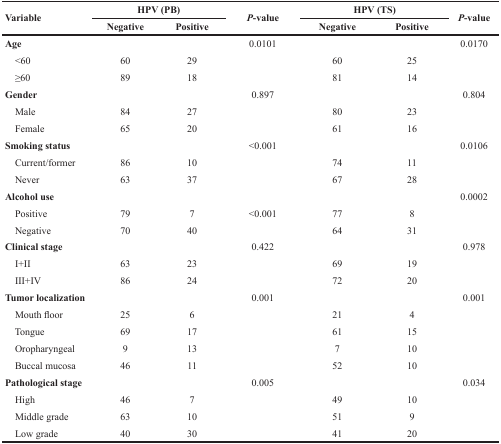
<table><thead><tr><td rowspan="2"><b>Variable</b></td><td colspan="2"><b>HPV (PB)</b></td><td rowspan="2"><b><i>P</i>-value</b></td><td colspan="2"><b>HPV (TS)</b></td><td rowspan="2"><b><i>P</i>-value</b></td></tr><tr><td><b>Negative</b></td><td><b>Positive</b></td><td><b>Negative</b></td><td><b>Positive</b></td></tr></thead><tbody><tr><td><b>Age</b></td><td></td><td></td><td>0.0101</td><td></td><td></td><td>0.0170</td></tr><tr><td> &lt;60</td><td>60</td><td>29</td><td></td><td>60</td><td>25</td><td></td></tr><tr><td> ≥60</td><td>89</td><td>18</td><td></td><td>81</td><td>14</td><td></td></tr><tr><td><b>Gender</b></td><td></td><td></td><td>0.897</td><td></td><td></td><td>0.804</td></tr><tr><td> Mae</td><td>84</td><td>27</td><td></td><td>80</td><td>23</td><td></td></tr><tr><td> Female</td><td>65</td><td>20</td><td></td><td>61</td><td>16</td><td></td></tr><tr><td><b>Smoking status</b></td><td></td><td></td><td>&lt;0.001</td><td></td><td></td><td>0.0106</td></tr><tr><td> Current/former</td><td>86</td><td>10</td><td></td><td>74</td><td>11</td><td></td></tr><tr><td> Never</td><td>63</td><td>37</td><td></td><td>67</td><td>28</td><td></td></tr><tr><td><b>Alcohol use</b></td><td></td><td></td><td></td><td></td><td></td><td>0.0002</td></tr><tr><td> Positive</td><td>79</td><td>7</td><td>&lt;0.001</td><td>77</td><td>8</td><td></td></tr><tr><td> Negative</td><td>70</td><td>40</td><td></td><td>64</td><td>31</td><td></td></tr><tr><td><b>Clinical Stage</b></td><td></td><td></td><td>0.422</td><td></td><td></td><td>0.978</td></tr><tr><td> I+II</td><td>63</td><td>23</td><td></td><td>69</td><td>19</td><td></td></tr><tr><td> III+IV</td><td>86</td><td>24</td><td></td><td>72</td><td>20</td><td></td></tr><tr><td><b>Tumor Localization</b></td><td></td><td></td><td>0.001</td><td></td><td></td><td>0.001</td></tr><tr><td> Mouth Floor</td><td>25</td><td>6</td><td></td><td>21</td><td>4</td><td></td></tr><tr><td> Tongue</td><td>69</td><td>17</td><td></td><td>61</td><td>15</td><td></td></tr><tr><td> Oropharyngeal</td><td>9</td><td>13</td><td></td><td>7</td><td>10</td><td></td></tr><tr><td> Buccal Mucosa</td><td>46</td><td>11</td><td></td><td>52</td><td>10</td><td></td></tr><tr><td><b>Pathological Stage</b></td><td></td><td></td><td>0.005</td><td></td><td></td><td>0.034</td></tr><tr><td> High</td><td>46</td><td>7</td><td></td><td>49</td><td>10</td><td></td></tr><tr><td> Middle Grade</td><td>63</td><td>10</td><td></td><td>51</td><td>9</td><td></td></tr><tr><td> Low Grade</td><td>40</td><td>30</td><td></td><td>41</td><td>20</td><td></td></tr></tbody></table>